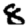
Digit: 8